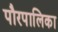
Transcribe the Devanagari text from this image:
पौरपालिका